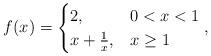
LaTeX: \begin{align*} f(x)=\begin{cases} 2, & 0<x<1 \\ x+\frac{1}{x}, & x \geq 1 \end{cases},\end{align*}